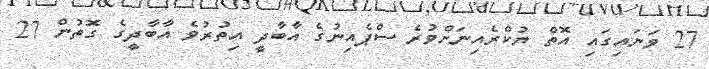
27 ވަނައިގައި އޮތް ޔުކްރެއިނަށްވުރެ ސްޕެއިނުގެ އާބާދީ އިތުރުވެ އާބާދީގެ ގޮތުން 27